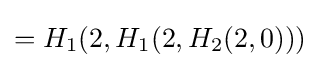
=H_{1}(2,H_{1}(2,H_{2}(2,0)))